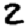
Digit: 2